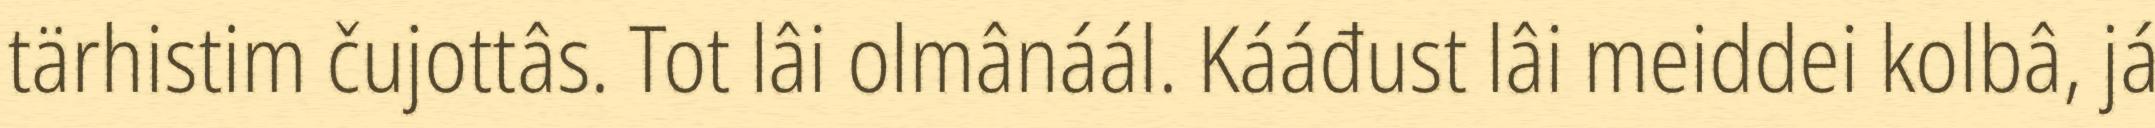
tärhistim čujottâs. Tot lâi olmânáál. Kááđust lâi meiddei kolbâ, já